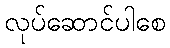
လုပ်ဆောင်ပါစေ